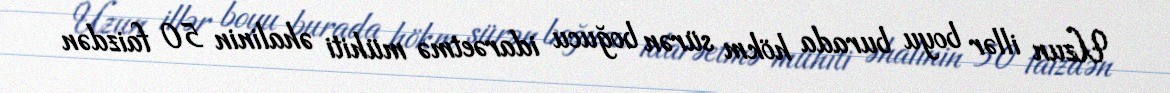
Uzun illər boyu burada hökm sürən boğucu idarəetmə mühiti əhalinin 50 faizdən